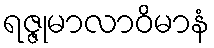
ရဇ္ဇုမာလာဝိမာနံ